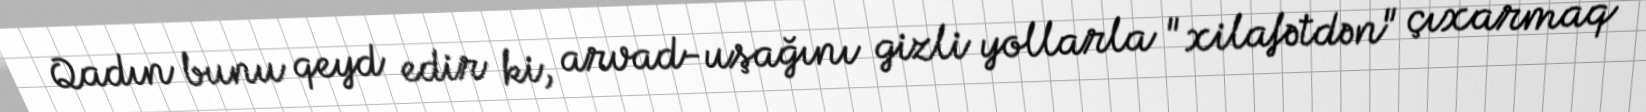
Qadın bunu qeyd edir ki, arvad-uşağını gizli yollarla "xilafətdən" çıxarmaq